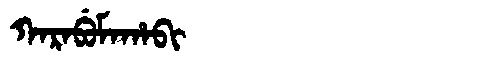
Manchu: ᡴᠠᡵᠠᠪᡠᠮᠠᡥᠠᠪᡳ
Romanization: KARABUMAHABI